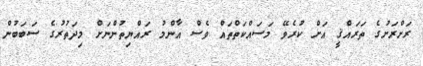
ރަށްރަށުގެ ތަރައްޤީ އަށް ކުރެވޭ މަސައްކަތްތައް ވެސް އާންމު ރައްޔިތުންނަށް މިދަތުރުގެ ސަބަބުން